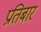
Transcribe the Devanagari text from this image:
प्रतिबार